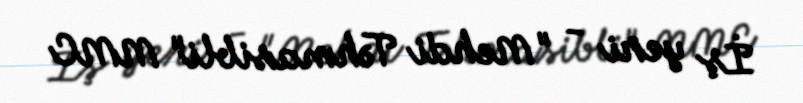
İş yeri - "Mehdi Təhmasibli" MMC